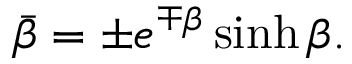
\bar { \beta } = \pm e ^ { \mp \beta } \sinh \beta .